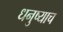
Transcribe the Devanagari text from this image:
धनुष्याच